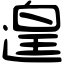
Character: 遑